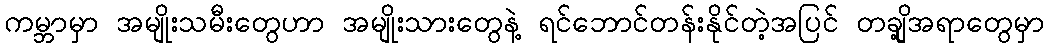
ကမ္ဘာမှာ အမျိုးသမီးတွေဟာ အမျိုးသားတွေနဲ့ ရင်ဘောင်တန်းနိုင်တဲ့အပြင် တချို့အရာတွေမှာ